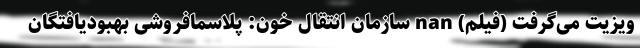
ویزیت می‌گرفت (فیلم) nan سازمان انتقال خون: پلاسمافروشی بهبودیافتگان